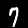
Digit: 7